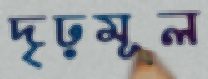
দৃঢ়মূল